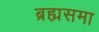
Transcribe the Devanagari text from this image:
ब्रह्मसमा